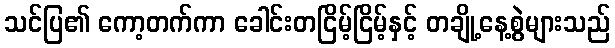
သင်ပြ၏ ကော့တက်ကာ ခေါင်းတငြိမ့်ငြိမ့်နှင့် တချို့နေ့စွဲများသည်